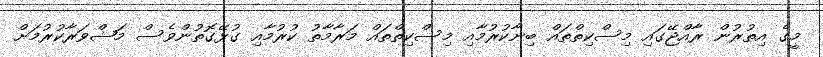
މީގެ އިތުރުން ރާއްޖޭގައި މިސްކިތްތައް ބިނާކުރުމާއި މިސްކިތްތައް މަރާމާތު ކުރުމާއި ގުޅޭގޮތުންވެސް މަޝްވަރާކުރުމަށް